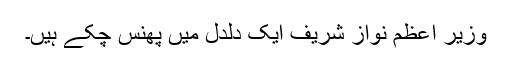
وزیر اعظم نواز شریف ایک دلدل میں پھنس چکے ہیں۔